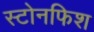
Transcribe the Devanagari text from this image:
स्टोनफिश